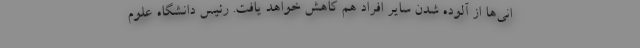
انی‌ها از آلوده شدن سایر افراد هم کاهش خواهد یافت. رئیس دانشگاه علوم